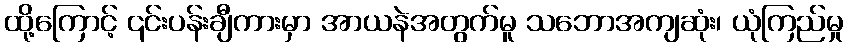
ထို့ကြောင့် ၎င်းပန်းချီကားမှာ အာယနဲအတွက်မူ သဘောအကျဆုံး၊ ယုံကြည်မှု